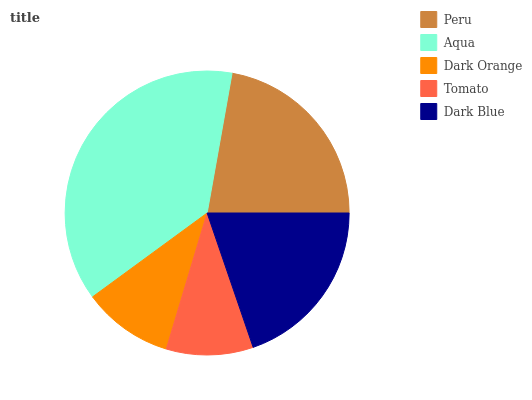
| Peru | Aqua | Dark Orange | Tomato | Dark Blue |
 | --- | --- | --- | --- | --- |
 | 22.1% | 37.9% | 10.3% | 9.89% | 19.8% |